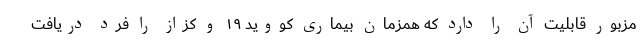
مزبور قابلیت آن را دارد که همزمان بیماری کووید ۱۹ و کزاز را فرد دریافت